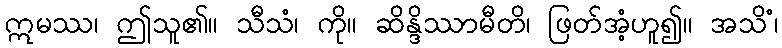
ဣမဿ၊ ဤသူ၏။ သီသံ၊ ကို။ ဆိန္ဒိဿာမီတိ၊ ဖြတ်အံ့ဟူ၍။ အသိံ၊